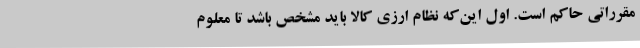
مقرراتی حاکم است. اول این‌که نظام ارزی کالا باید مشخص باشد تا معلوم